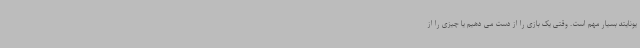
یونایتد بسیار مهم است. وقتی یک بازی را از دست می دهیم یا چیزی را از